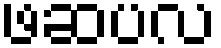
ဖဆပလ